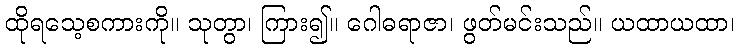
ထိုရသေ့စကားကို။ သုတွာ၊ ကြား၍။ ဂေါဓရာဇာ၊ ဖွတ်မင်းသည်။ ယထာယထာ၊